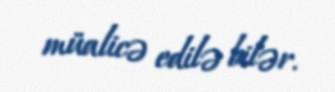
müalicə edilə bilər.